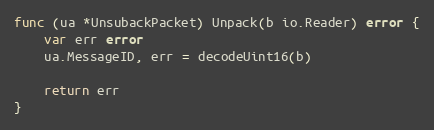
Language: Go
func (ua *UnsubackPacket) Unpack(b io.Reader) error {
	var err error
	ua.MessageID, err = decodeUint16(b)

	return err
}